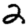
Digit: 2